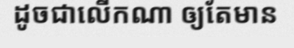
ដូចជាលើកណា ឲ្យតែមាន